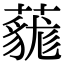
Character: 𧀔